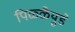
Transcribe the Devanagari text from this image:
पिळ्ळैयुडे